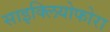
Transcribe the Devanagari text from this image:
साइक्लियोफोरा